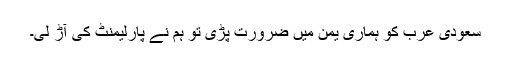
سعودی عرب کو ہماری یمن میں ضرورت پڑی تو ہم نے پارلیمنٹ کی آڑ لی۔